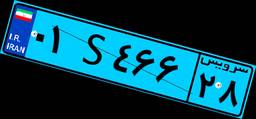
۸۷S۸۹۷۰۷